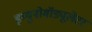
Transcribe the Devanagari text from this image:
इम्युनोमॉड्यूलेटर